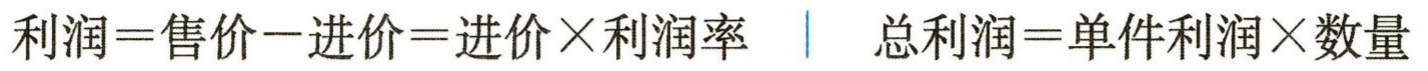
利润=售价-进价=进价×利润率  总利润=单件利润×数量